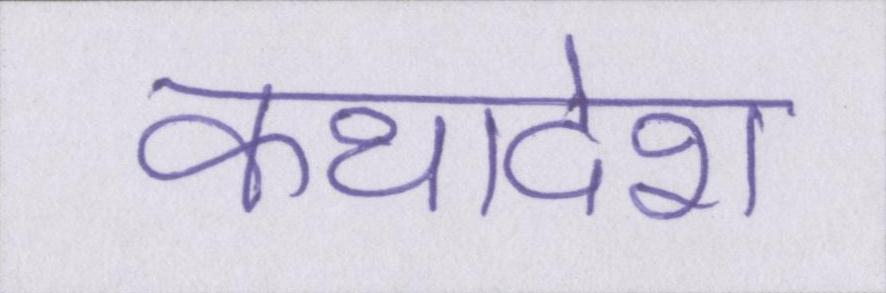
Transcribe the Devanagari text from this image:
कथादेश